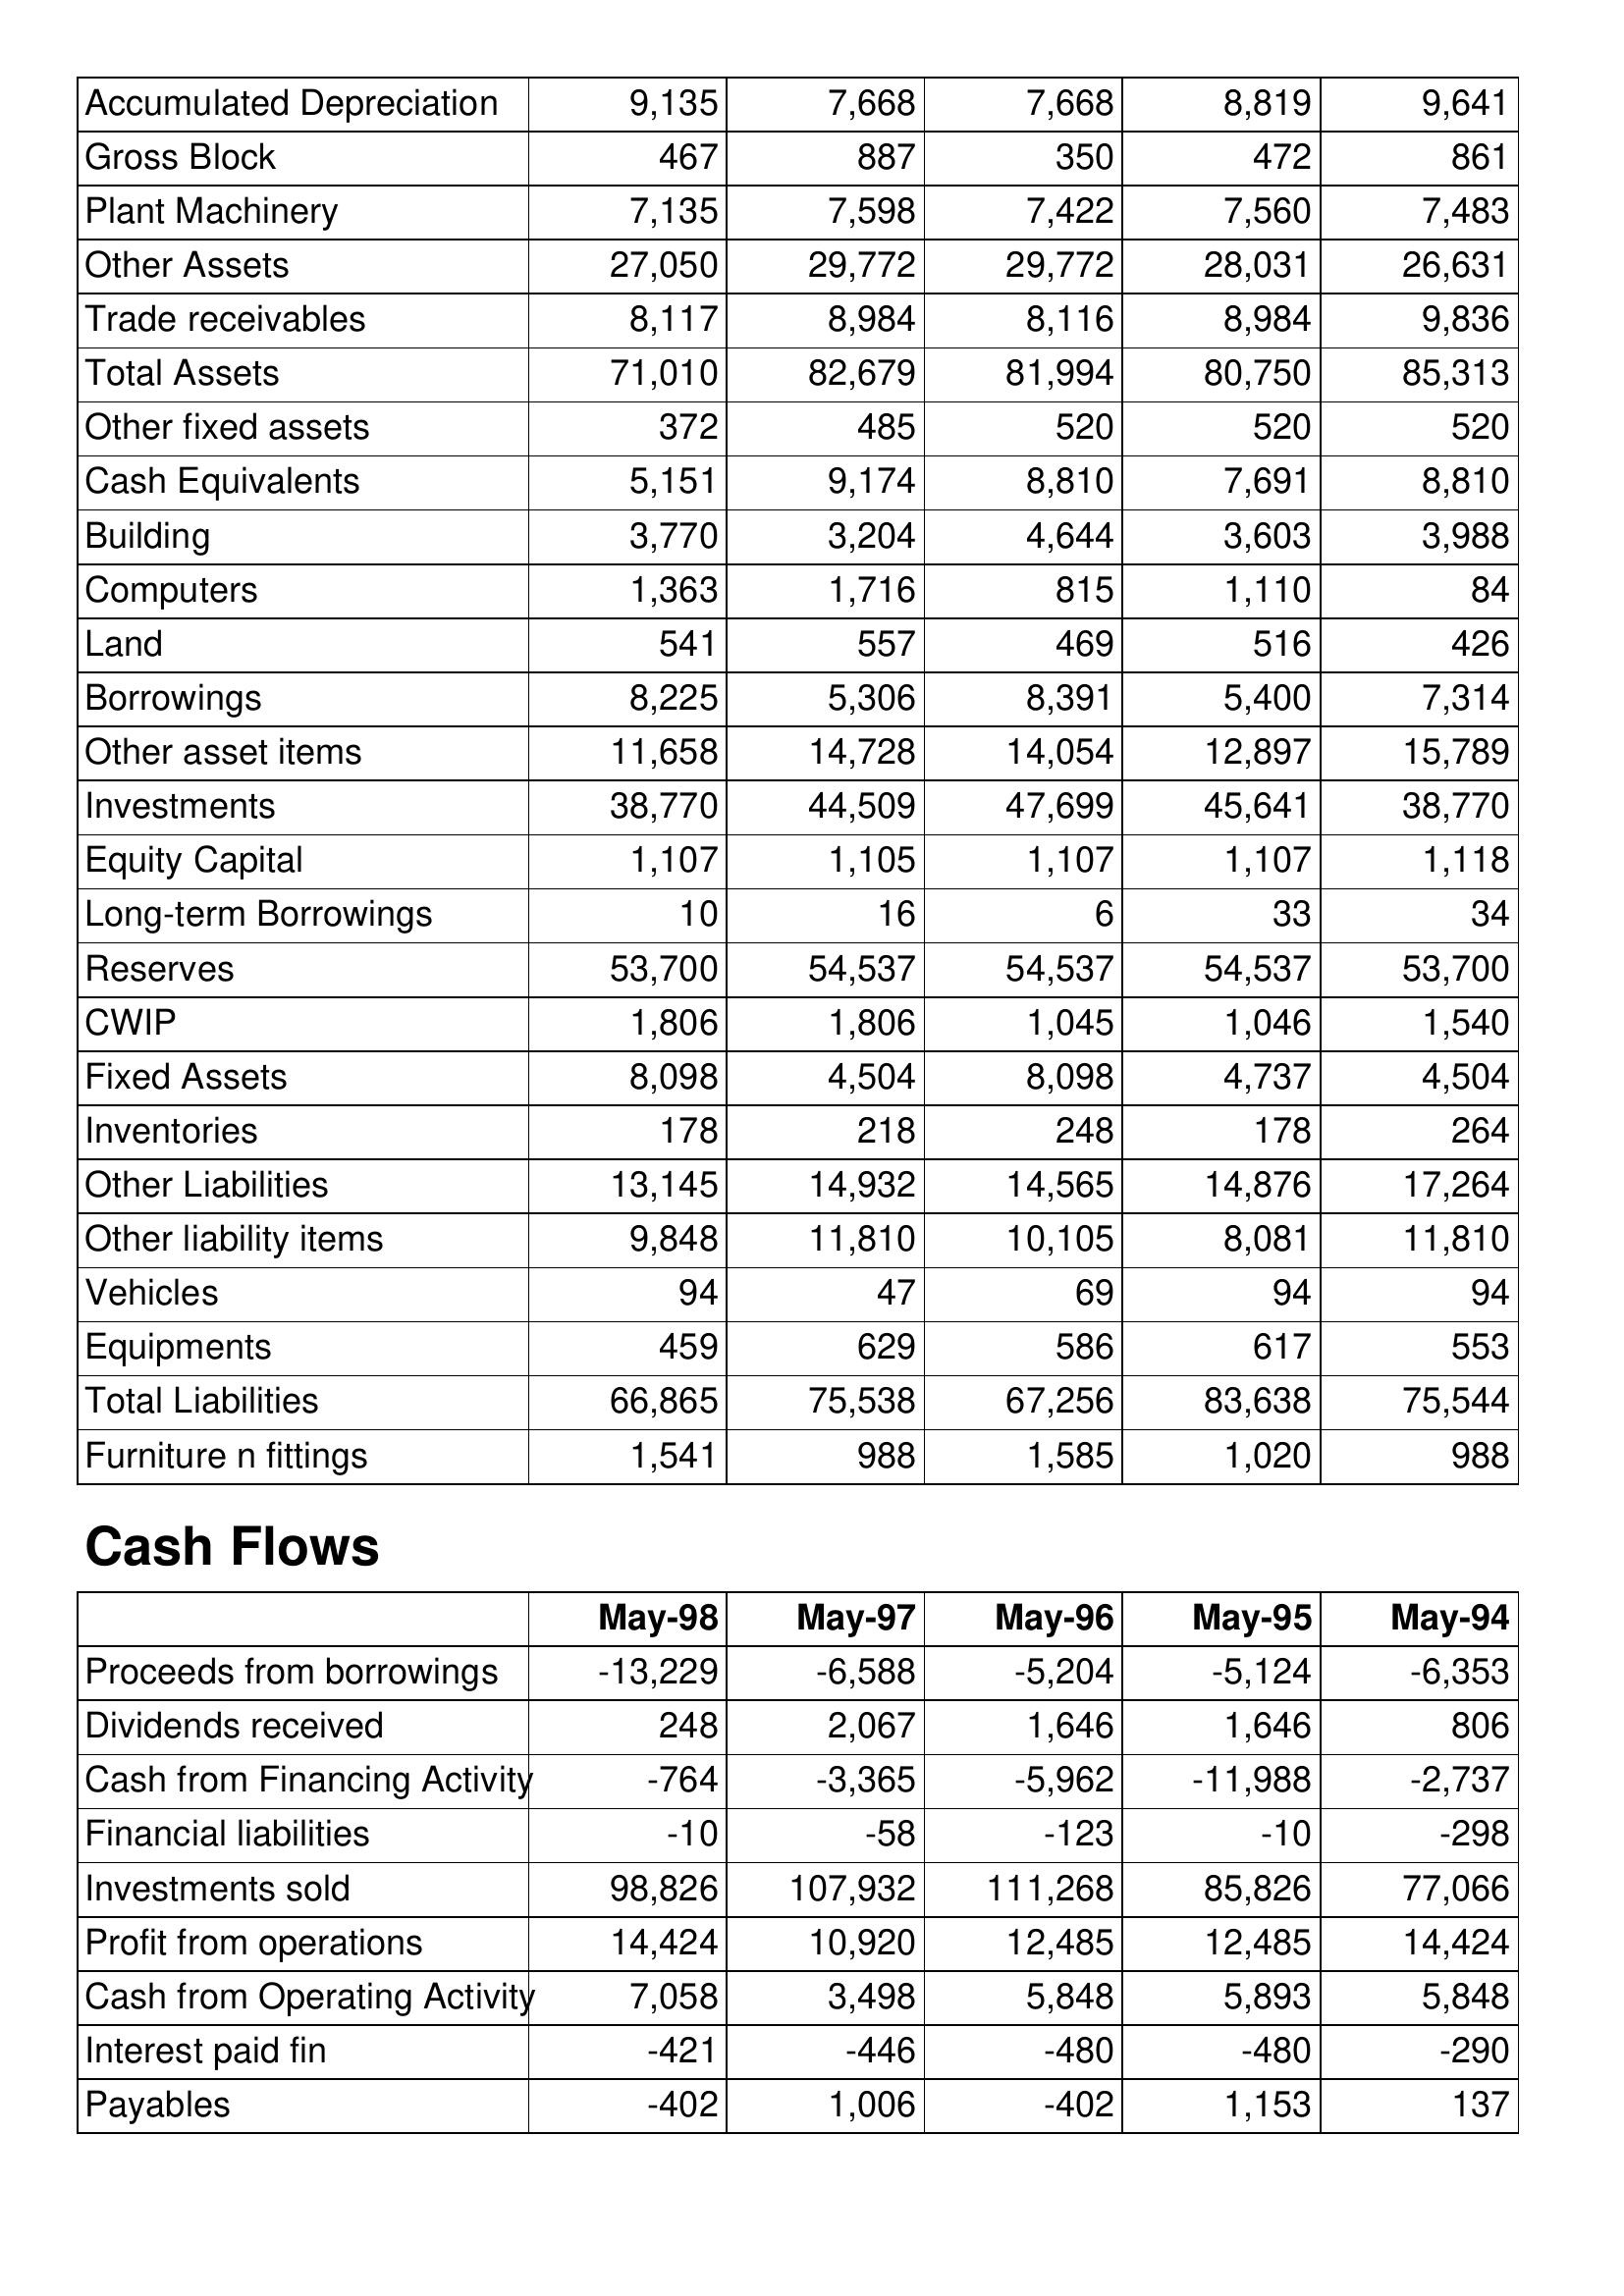
May-98: Balance Sheet: Accumulated Depreciation: 9,135
Gross Block: 467
Plant Machinery: 7,135
Other Assets: 27,050
Trade receivables: 8,117
Total Assets: 71,010
Other fixed assets: 372
Cash Equivalents: 5,151
Building: 3,770
Computers: 1,363
Land: 541
Borrowings: 8,225
Other asset items: 11,658
Investments: 38,770
Equity Capital: 1,107
Long-term Borrowings: 10
Reserves: 53,700
CWIP: 1,806
Fixed Assets: 8,098
Inventories: 178
Other Liabilities: 13,145
Other liability items: 9,848
Vehicles: 94
Equipments: 459
Total Liabilities: 66,865
Furniture n fittings: 1,541
Cash Flows: Proceeds from borrowings: -13,229
Dividends received: 248
Cash from Financing Activity: -764
Financial liabilities: -10
Investments sold: 98,826
Profit from operations: 14,424
Cash from Operating Activity: 7,058
Interest paid fin: -421
Payables: -402
May-97: Balance Sheet: Accumulated Depreciation: 7,668
Gross Block: 887
Plant Machinery: 7,598
Other Assets: 29,772
Trade receivables: 8,984
Total Assets: 82,679
Other fixed assets: 485
Cash Equivalents: 9,174
Building: 3,204
Computers: 1,716
Land: 557
Borrowings: 5,306
Other asset items: 14,728
Investments: 44,509
Equity Capital: 1,105
Long-term Borrowings: 16
Reserves: 54,537
CWIP: 1,806
Fixed Assets: 4,504
Inventories: 218
Other Liabilities: 14,932
Other liability items: 11,810
Vehicles: 47
Equipments: 629
Total Liabilities: 75,538
Furniture n fittings: 988
Cash Flows: Proceeds from borrowings: -6,588
Dividends received: 2,067
Cash from Financing Activity: -3,365
Financial liabilities: -58
Investments sold: 107,932
Profit from operations: 10,920
Cash from Operating Activity: 3,498
Interest paid fin: -446
Payables: 1,006
May-96: Balance Sheet: Accumulated Depreciation: 7,668
Gross Block: 350
Plant Machinery: 7,422
Other Assets: 29,772
Trade receivables: 8,116
Total Assets: 81,994
Other fixed assets: 520
Cash Equivalents: 8,810
Building: 4,644
Computers: 815
Land: 469
Borrowings: 8,391
Other asset items: 14,054
Investments: 47,699
Equity Capital: 1,107
Long-term Borrowings: 6
Reserves: 54,537
CWIP: 1,045
Fixed Assets: 8,098
Inventories: 248
Other Liabilities: 14,565
Other liability items: 10,105
Vehicles: 69
Equipments: 586
Total Liabilities: 67,256
Furniture n fittings: 1,585
Cash Flows: Proceeds from borrowings: -5,204
Dividends received: 1,646
Cash from Financing Activity: -5,962
Financial liabilities: -123
Investments sold: 111,268
Profit from operations: 12,485
Cash from Operating Activity: 5,848
Interest paid fin: -480
Payables: -402
May-95: Balance Sheet: Accumulated Depreciation: 8,819
Gross Block: 472
Plant Machinery: 7,560
Other Assets: 28,031
Trade receivables: 8,984
Total Assets: 80,750
Other fixed assets: 520
Cash Equivalents: 7,691
Building: 3,603
Computers: 1,110
Land: 516
Borrowings: 5,400
Other asset items: 12,897
Investments: 45,641
Equity Capital: 1,107
Long-term Borrowings: 33
Reserves: 54,537
CWIP: 1,046
Fixed Assets: 4,737
Inventories: 178
Other Liabilities: 14,876
Other liability items: 8,081
Vehicles: 94
Equipments: 617
Total Liabilities: 83,638
Furniture n fittings: 1,020
Cash Flows: Proceeds from borrowings: -5,124
Dividends received: 1,646
Cash from Financing Activity: -11,988
Financial liabilities: -10
Investments sold: 85,826
Profit from operations: 12,485
Cash from Operating Activity: 5,893
Interest paid fin: -480
Payables: 1,153
May-94: Balance Sheet: Accumulated Depreciation: 9,641
Gross Block: 861
Plant Machinery: 7,483
Other Assets: 26,631
Trade receivables: 9,836
Total Assets: 85,313
Other fixed assets: 520
Cash Equivalents: 8,810
Building: 3,988
Computers: 84
Land: 426
Borrowings: 7,314
Other asset items: 15,789
Investments: 38,770
Equity Capital: 1,118
Long-term Borrowings: 34
Reserves: 53,700
CWIP: 1,540
Fixed Assets: 4,504
Inventories: 264
Other Liabilities: 17,264
Other liability items: 11,810
Vehicles: 94
Equipments: 553
Total Liabilities: 75,544
Furniture n fittings: 988
Cash Flows: Proceeds from borrowings: -6,353
Dividends received: 806
Cash from Financing Activity: -2,737
Financial liabilities: -298
Investments sold: 77,066
Profit from operations: 14,424
Cash from Operating Activity: 5,848
Interest paid fin: -290
Payables: 137